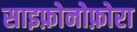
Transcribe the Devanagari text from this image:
साइफ़ोनोफ़ोरा